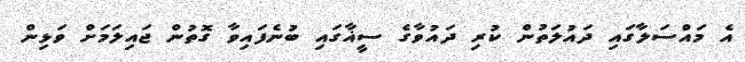
އެ މައްސަލާގައި ދައުލަތުން ކުރި ދައުވާގެ ސީޣާގައި ބުނެފައިވާ ގޮތުން ޖައިލަމަށް ވަޅިން